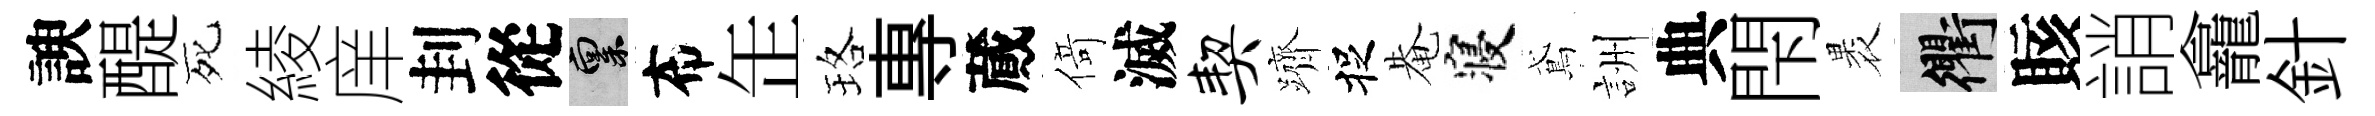
諛醍死綾庠刲從禀布𦈢珞專蕆𠋣滅契躋捉𤲅寝鳶詶典閇褁衢賅誚龕針